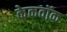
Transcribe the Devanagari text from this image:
केकवॉक